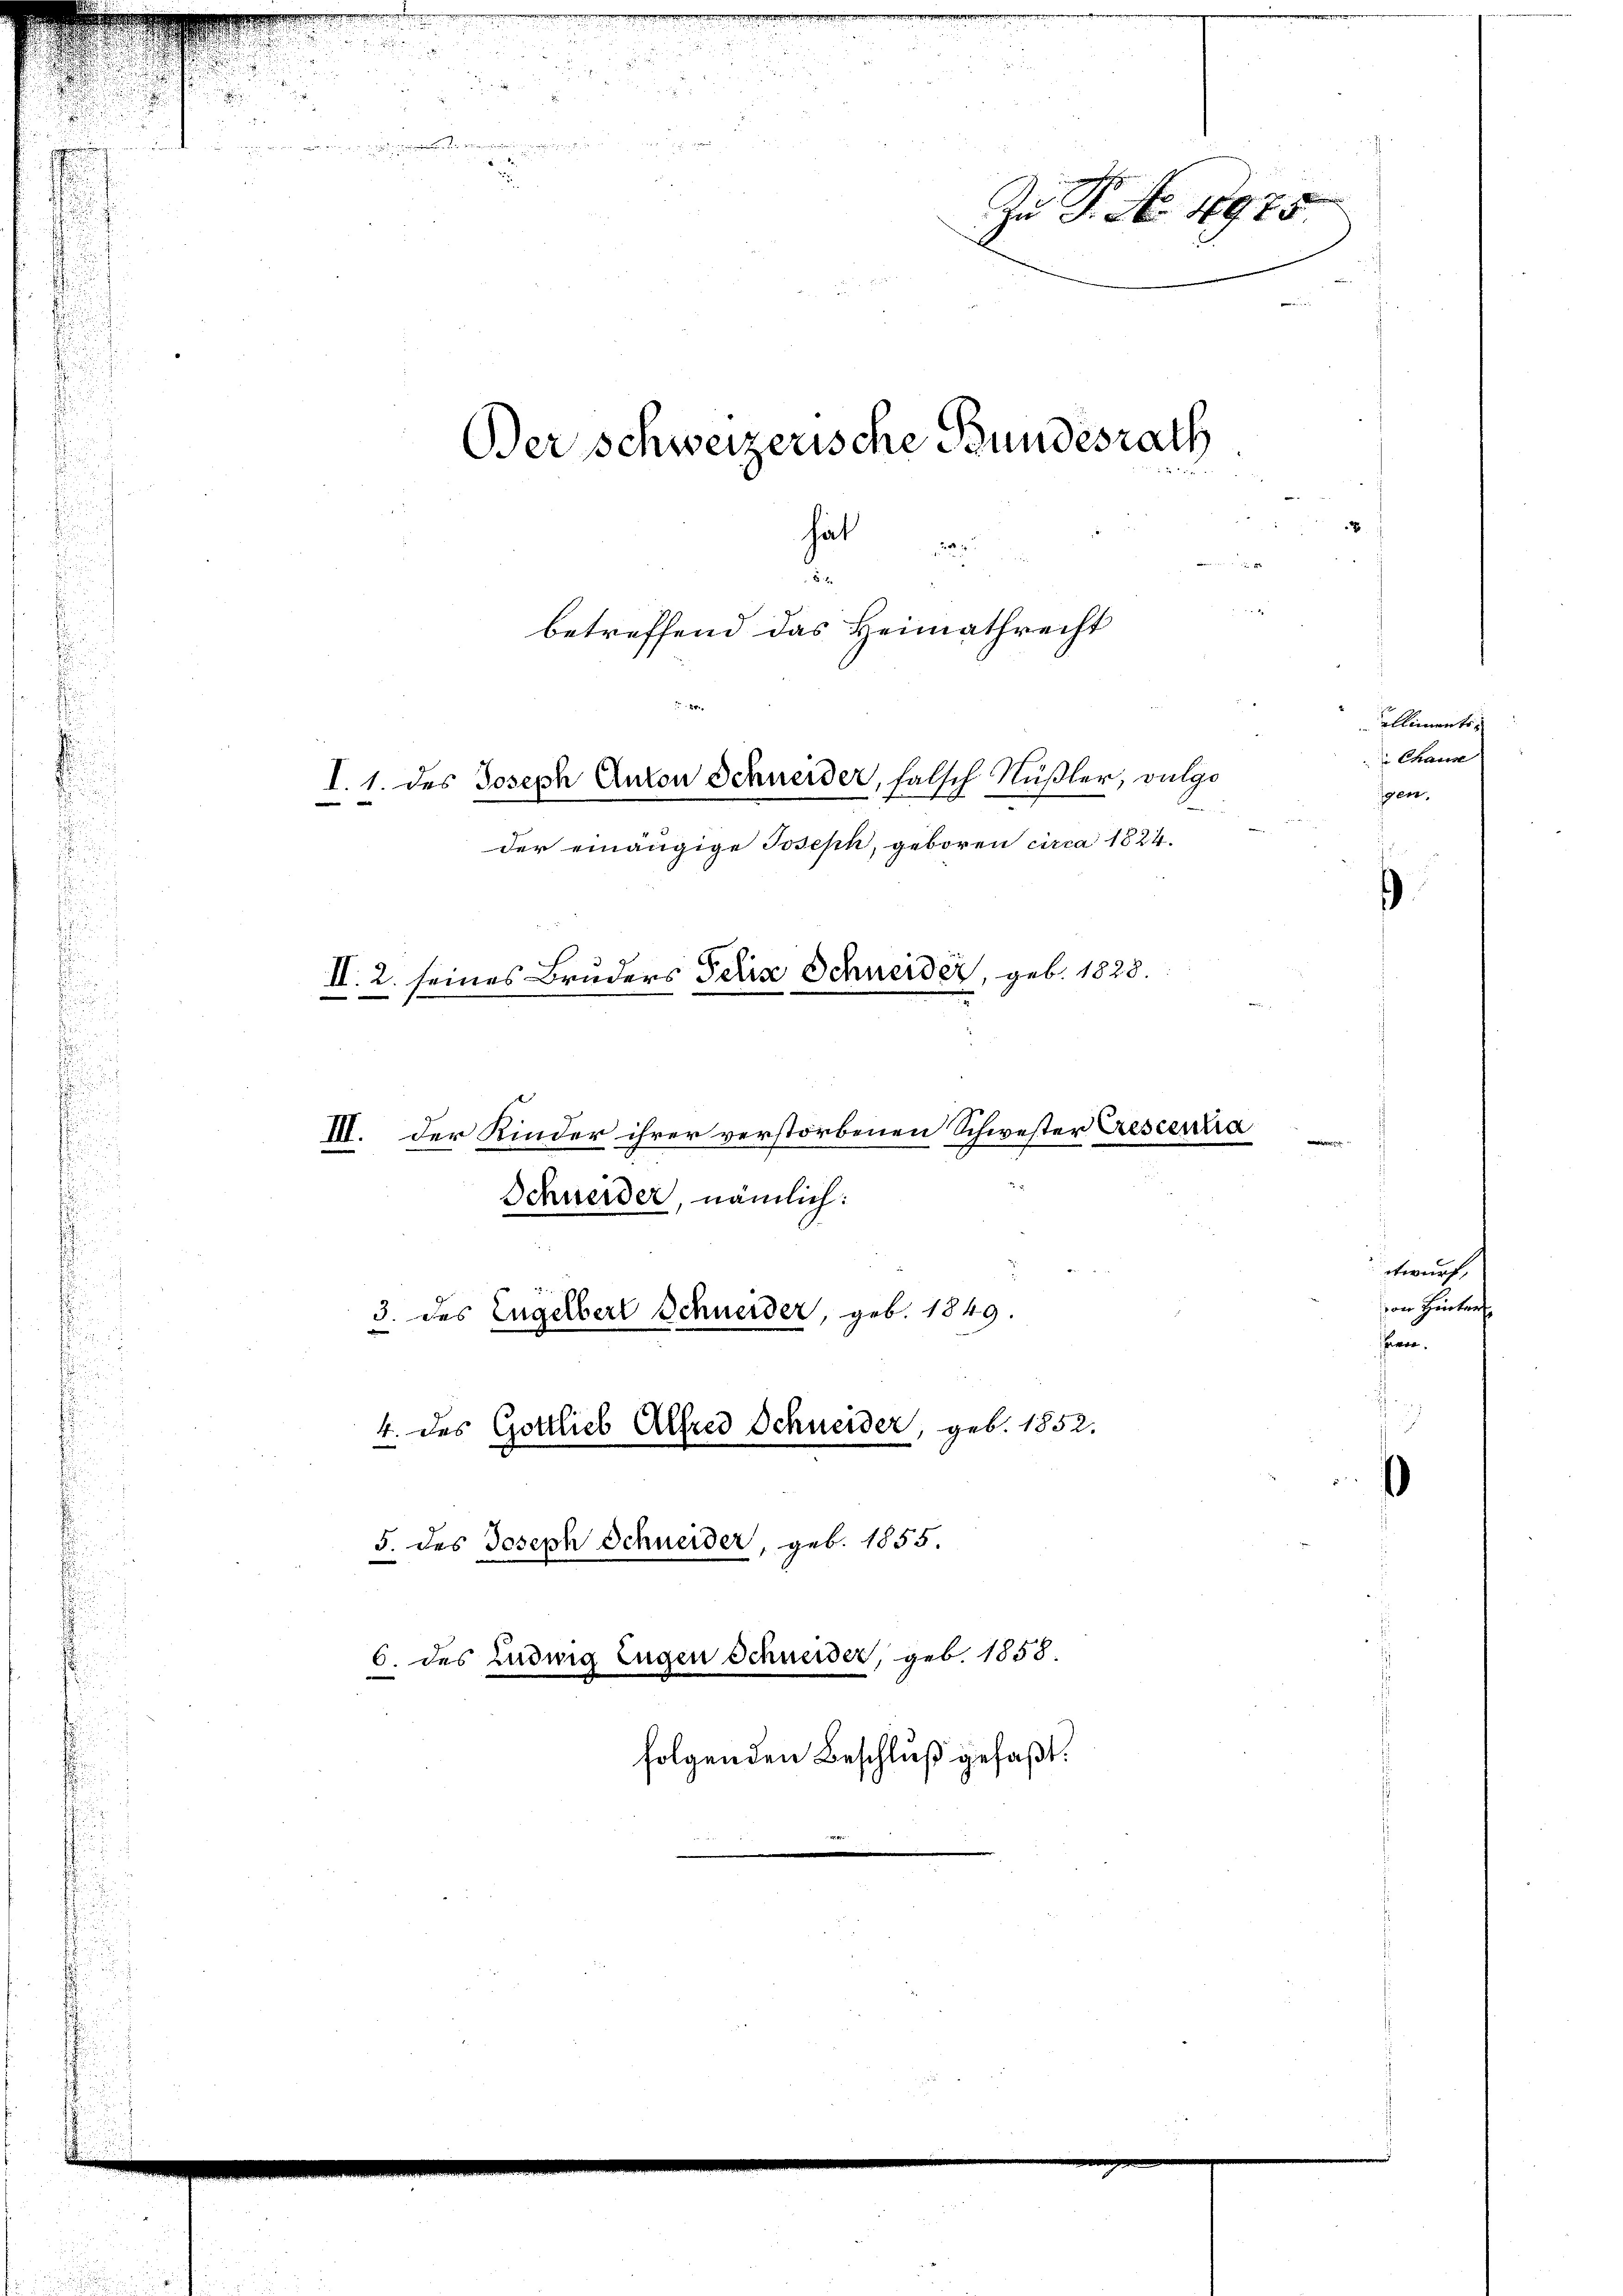
2
¬
u
und

e

hat
2
.
betreffend das Heimathrecht
2
I. 1. des Joseph Anton Schneider, falsch Nüßler, vulgo
der einängige Joseph, geboren circa 1824.
II. 2. seines Bruders Felix Schneider, geb. 1828.

III. Der Kinder ihrer verstorbenen Schwester Crescentra

Schneider, nämlich:
3. des Engelbert Schneider, geb. 1849.
4. des Gottlieb Alfred Schneider, geb. 1852.
5. des Joseph Schneider, geb. 1855.
6. des Ludwig Eugen Schneider, geb. 1858.

Der schweizerische Bundesrath

Zu P. No. 1975

folgenden Beschluß gefaßt.

ulliments
Chaus
gen,

)

etwurf,
von Hinter
avon.

¬